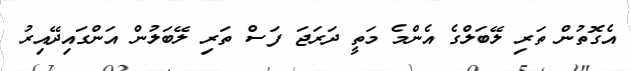
އެގޮތުން ތަރި ލޭބަލްގެ އެންމެ މަތީ ދަރަޖަ ފަސް ތަރި ލޭބަލުން އަންގައިދޭއިރު